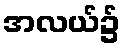
အလယ်၌